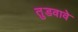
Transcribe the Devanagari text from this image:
तुडवावे